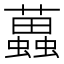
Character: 𧓵